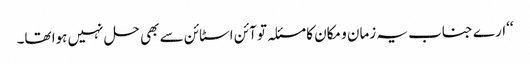
‘‘ارے جناب یہ زمان و مکان کا مسئلہ تو آئن اسٹائن سے بھی حل نہیں ہوا تھا۔